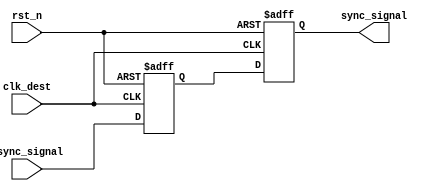
module SignalLevelCrossingSynchronizer (
    input  wire         clk_dest,      // Clock for the destination domain
    input  wire         async_signal,   // Asynchronous input signal
    input  wire         rst_n,         // Asynchronous active-low reset
    output reg          sync_signal     // Synchronized output signal
);

    // Internal signals for the two-stage flip-flops
    reg ff1; // Output of the first flip-flop

    // Two-stage flip-flop synchronization
    always @(posedge clk_dest or negedge rst_n) begin
        if (!rst_n) begin
            ff1 <= 1'b0;         // Reset FF1
            sync_signal <= 1'b0; // Reset sync_signal
        end else begin
            ff1 <= async_signal;  // Capture async_signal in FF1
            sync_signal <= ff1;    // Capture FF1 output in sync_signal
        end
    end

endmodule